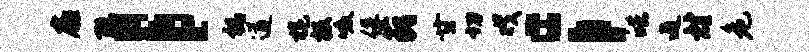
扉聪；祸遒旄板啜俘藐甘切戏；皓遁材危